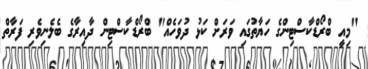
"މިއީ ބްރޯޑްކާސްޓިންގެ ހަޔާތުގައި ވަރަށް ކަޅު ދުވަހެއް" ބްރޯޑްކާސްޓިން ދާއިރާގެ ބެލެނިވެރި ފަރާތް